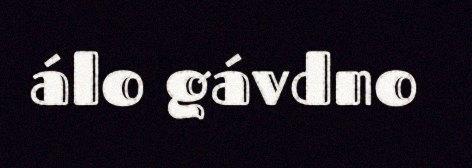
álo gávdno